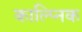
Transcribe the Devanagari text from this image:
काल्प्निक